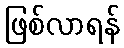
ဖြစ်လာရန်